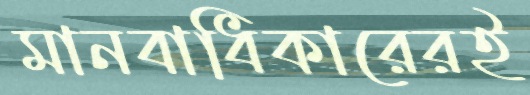
মানবাধিকারেরই